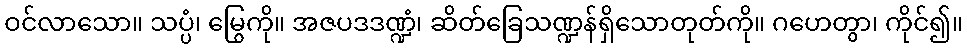
ဝင်လာသော။ သပ္ပံ၊ မြွေကို။ အဇပဒဒဏ္ဍံ၊ ဆိတ်ခြေသဏ္ဍန်ရှိသောတုတ်ကို။ ဂဟေတွာ၊ ကိုင်၍။